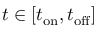
t \in [ t _ { \mathrm { o n } } , t _ { \mathrm { o f f } } ]